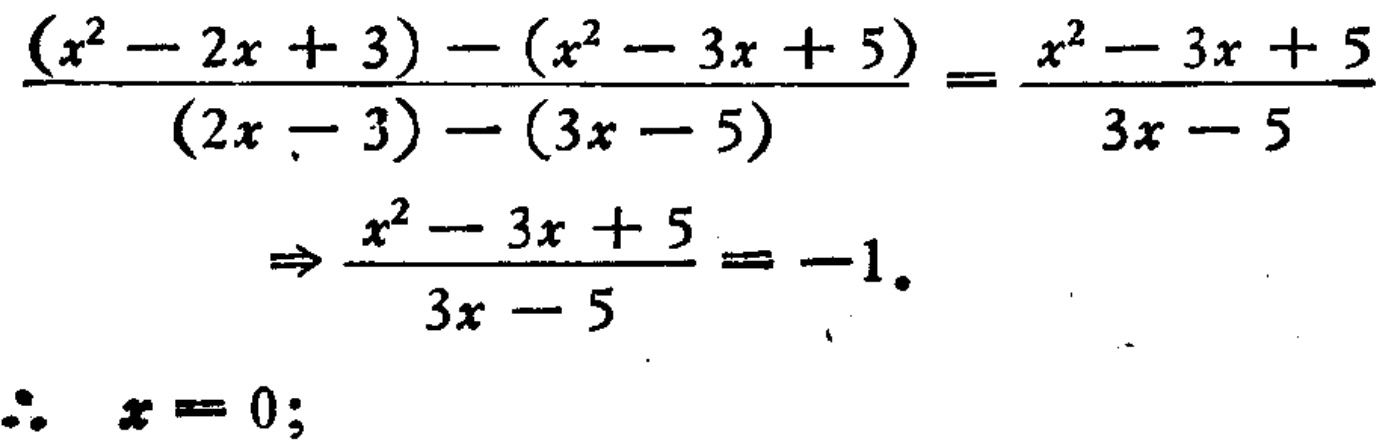
\[\frac{(x^{2}-2x + 3)-(x^{2}-3x + 5)}{(2x-3)-(3x - 5)}=\frac{x^{2}-3x + 5}{3x - 5}\]
\[\Rightarrow\frac{x^{2}-3x + 5}{3x - 5}=-1.\]
\[\therefore x = 0;\]